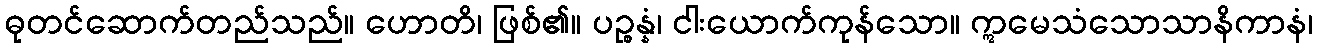
ဓုတင်ဆောက်တည်သည်။ ဟောတိ၊ ဖြစ်၏။ ပဉ္စန္နံ၊ ငါးယောက်ကုန်သော။ ဣမေသံသောသာနိကာနံ၊